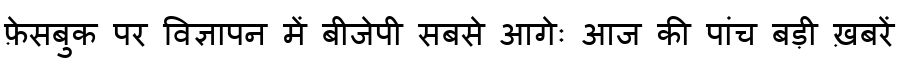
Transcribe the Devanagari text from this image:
फ़ेसबुक पर विज्ञापन में बीजेपी सबसे आगेः आज की पांच बड़ी ख़बरें